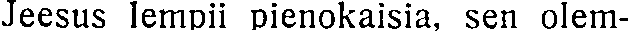
Jeesus lempii pienokaisia, sen olem-